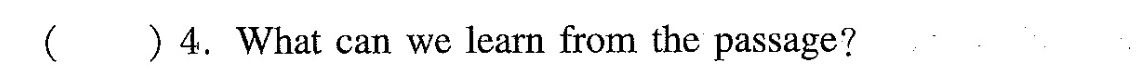
( )4.What can we learn from the passage?